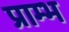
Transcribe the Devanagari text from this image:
प्राम्‍भ